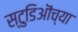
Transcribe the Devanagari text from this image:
स्टुडिऒंच्या